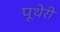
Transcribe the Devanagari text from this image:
पूथेरी